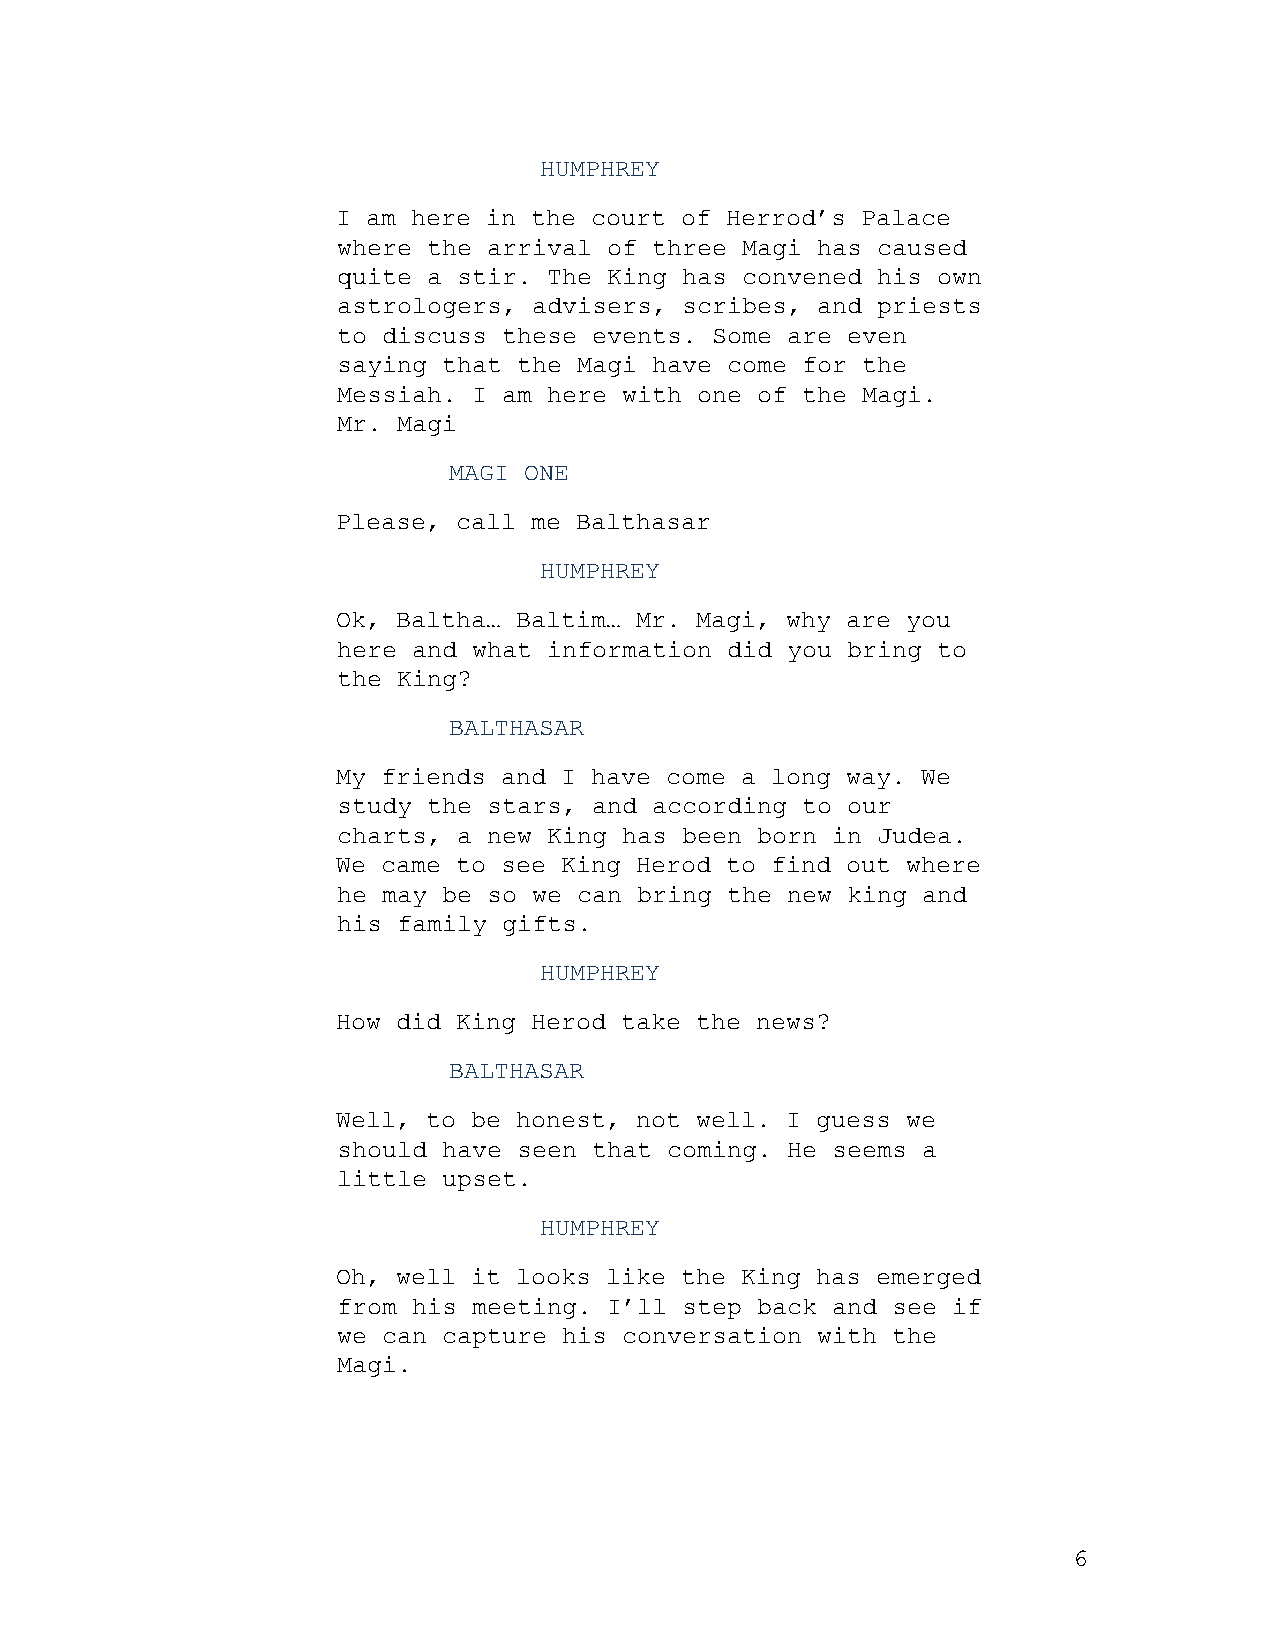
HUMPHREY
 I am here in the court of Herrod’s Palace
 where the arrival of three Magi has caused
 quite a stir. The King has convened his own
 astrologers, advisers, scribes, and priests
 to discuss these events. Some are even
 saying that the Magi have come for the
 Messiah. I am here with one of the Magi.
 Mr. Magi
 MAGI ONE
 Please, call me Balthasar
 HUMPHREY
 Ok, Baltha… Baltim… Mr. Magi, why are you
 here and what information did you bring to
 the King?
 BALTHASAR
 My friends and I have come a long way. We
 study the stars, and according to our
 charts, a new King has been born in Judea.
 We came to see King Herod to find out where
 he may be so we can bring the new king and
 his family gifts.
 HUMPHREY
 How did King Herod take the news?
 BALTHASAR
 Well, to be honest, not well. I guess we
 should have seen that coming. He seems a
 little upset.
 HUMPHREY
 Oh, well it looks like the King has emerged
 from his meeting. I’ll step back and see if
 we can capture his conversation with the
 Magi.
 6